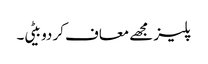
پلیز مجھے معاف کر دو بیٹی۔